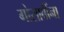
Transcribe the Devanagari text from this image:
गोसावींना